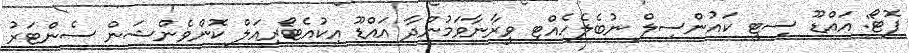
ފޮޓޯ: އައްޑޫ ސިޓީ ކައުންސިލް ނުބެލެހެއްޓި ވީރާނާވަމުންދާ އައްޑޫ އިކުއެޓޯރިއަލް ކޮންވެންޝަން ސެންޓަރު